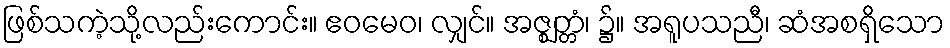
ဖြစ်သကဲ့သို့လည်းကောင်း။ ဧဝမေဝ၊ လျှင်။ အဇ္ဈတ္တံ၊ ၌။ အရူပသညီ၊ ဆံအစရှိသော